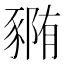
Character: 𰶭